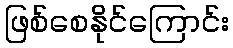
ဖြစ်စေနိုင်ကြောင်း